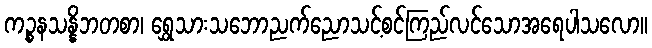
ကဉ္စနသန္နိဘတစာ၊ ရွှေသားသဘောညက်ညောသင့်စင်ကြည်လင်သောအရေပါသလော။